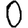
Digit: 0